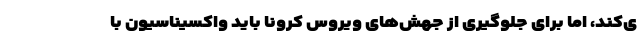
ی‌کند، اما برای جلوگیری از جهش‌های ویروس کرونا باید واکسیناسیون با